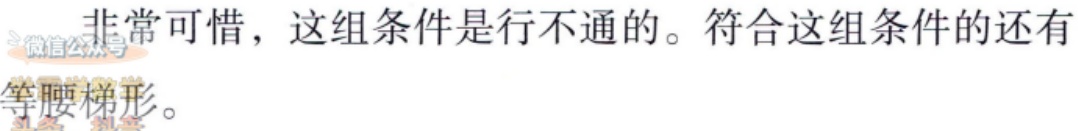
非常可惜，这组条件是行不通的。符合这组条件的还有

等腰梯形。